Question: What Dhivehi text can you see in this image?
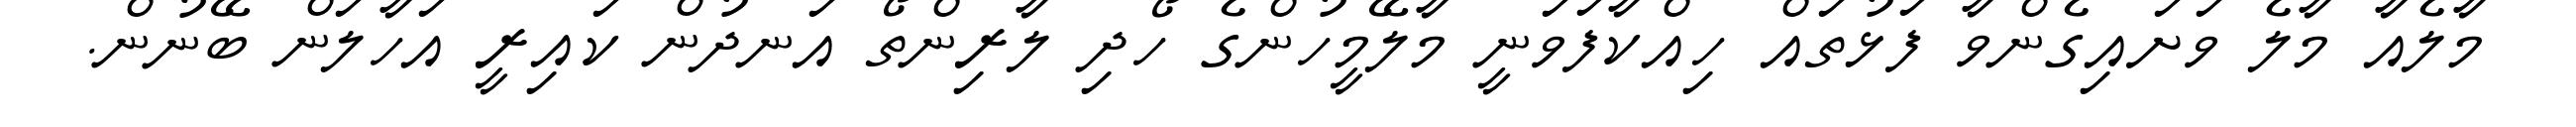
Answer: މާލެއާ މާލެ ވަށައިގެންވާ ފަޅުތައް ހިއްކާފަވަނީ މާލޭމީހުންގެ ހޯދި ލާރިންތޯ އަނދުން ކައިރީ އަހާލަން ބޭނުން.